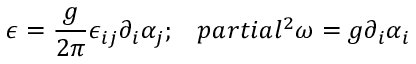
\epsilon = \frac { g } { 2 \pi } \epsilon _ { i j } \partial _ { i } \alpha _ { j } ; \ \ \, p a r t i a l ^ { 2 } \omega = g \partial _ { i } \alpha _ { i }